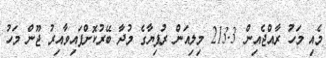
މެއި މަހު ރާއްޖެއިން 213.3 މިލިއަން ރުފިޔާގެ މުދާ ބޭރުކޮށްފައިވާއިރު ޖޫން މަހު